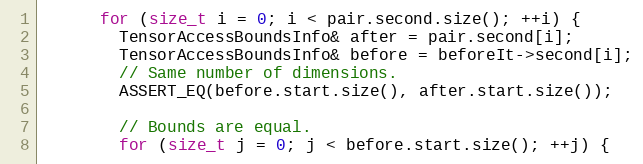
Language: C++
      for (size_t i = 0; i < pair.second.size(); ++i) {
        TensorAccessBoundsInfo& after = pair.second[i];
        TensorAccessBoundsInfo& before = beforeIt->second[i];
        // Same number of dimensions.
        ASSERT_EQ(before.start.size(), after.start.size());

        // Bounds are equal.
        for (size_t j = 0; j < before.start.size(); ++j) {